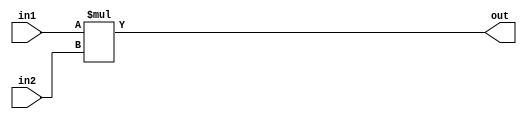
module multiplier_16bit(
input [15:0] in1,
input [15:0] in2,
output [31:0] out);
assign out = in1 * in2;
endmodule